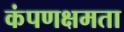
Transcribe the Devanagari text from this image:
कंपणक्षमता